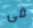
فى